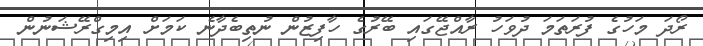
ރޯދަ މަހުގެ ފުރަތަމަ ދުވަހު ރާއްޖޭގައި ބޭރުގެ ހާފިޒުން ނުތިބެދާނެ ކަމަށް އިމިގްރޭޝަނުން